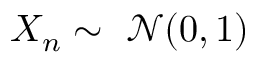
X _ { n } \sim \ { \mathcal { N } } ( 0 , 1 )